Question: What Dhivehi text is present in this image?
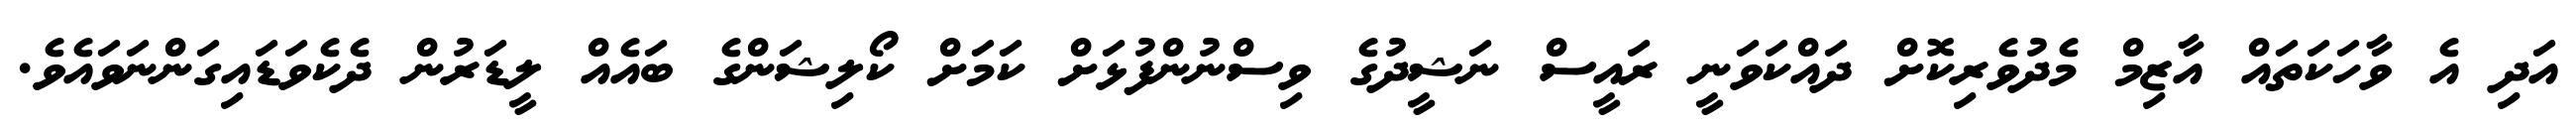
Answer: އަދި އެ ވާހަކަތައް އާޒިމް މެދުވެރިކޮށް ދައްކަވަނީ ރައީސް ނަޝީދުގެ ވިސްނުންފުޅަށް ކަމަށް ކޯލިޝަންގެ ބައެއް ލީޑަރުން ދެކެވަޑައިގަންނަވައެވެ.